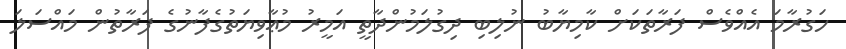
ހަގުރާމަ އެއްވެސް ފަރާތަކަށް ކާމިޔާބު ނުލިބި ދިގުލަމުންދާތީ އަމީރު މުޢާވިޔަތުގެފާނުގެ ފަރާތުން މައްސަލަ